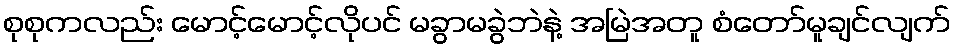
စုစုကလည်း မောင့်မောင့်လိုပင် မခွာမခွဲဘဲနဲ့ အမြဲအတူ စံတော်မူချင်လျက်